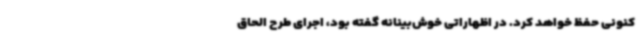
کنونی حفظ خواهد کرد. در اظهاراتی خوش‌بینانه گفته بود، اجرای طرح الحاق